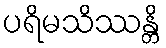
ပရိမသိဿန္တိ